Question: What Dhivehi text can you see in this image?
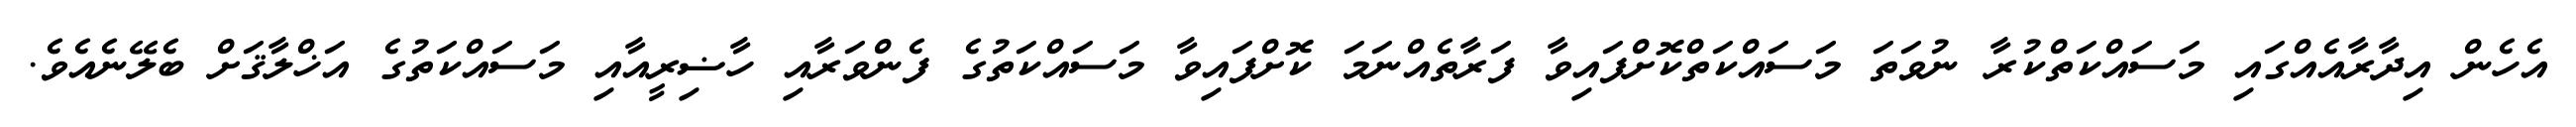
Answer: އެހެން އިދާރާއެއްގައި މަސައްކަތްކުރާ ނުވަތަ މަސައްކަތްކޮށްފައިވާ ފަރާތެއްނަމަ ކޮށްފައިވާ މަސައްކަތުގެ ފެންވަރާއި ހާޟިރީއާއި މަސައްކަތުގެ އަޚްލާޤަށް ބެލޭނެއެވެ.